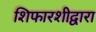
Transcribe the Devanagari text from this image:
शिफारशीद्वारा